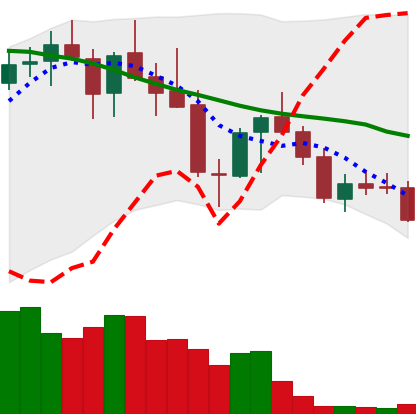
Ticker: LINK-USD
Chart end date: 2018-05-21
Forward return: -14.077%
Label: down_7plus